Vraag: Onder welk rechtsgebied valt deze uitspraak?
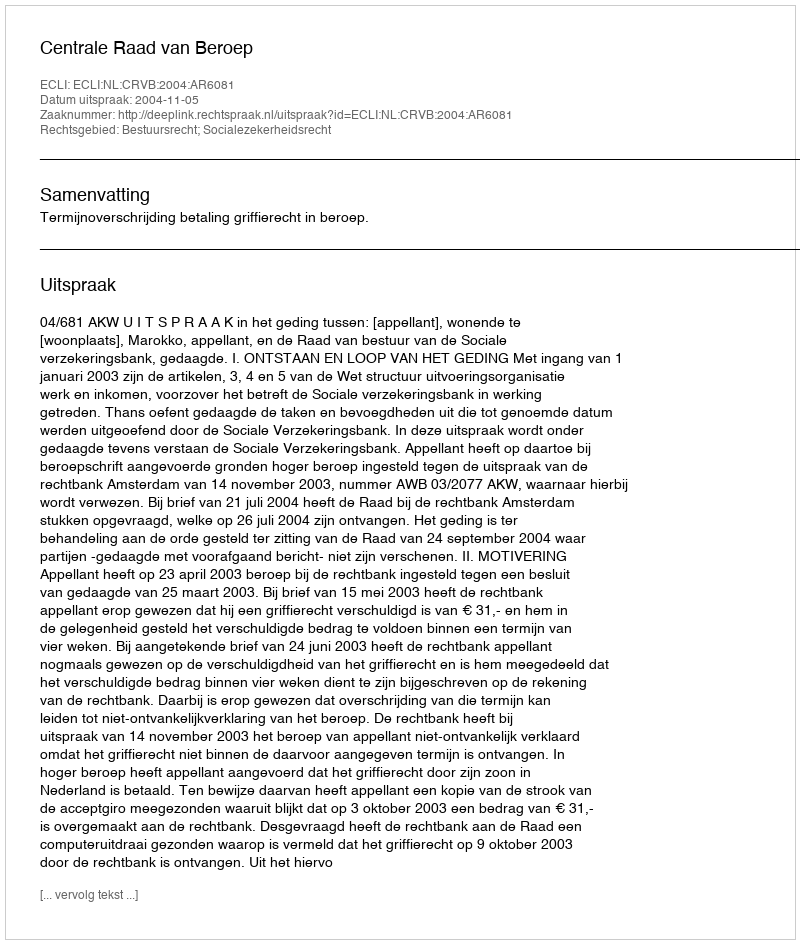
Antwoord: Bestuursrecht; Socialezekerheidsrecht